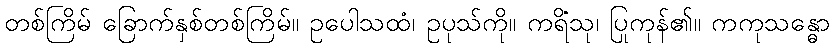
တစ်ကြိမ် ခြောက်နှစ်တစ်ကြိမ်။ ဥပေါသထံ၊ ဥပုသ်ကို။ ကရိံသု၊ ပြုကုန်၏။ ကကုသန္ဓော